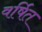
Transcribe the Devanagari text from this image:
वर्षित